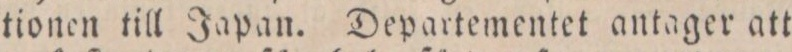
tionen till Japan. Departementet antager att